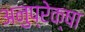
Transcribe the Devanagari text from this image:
अनुप्रेक्षा